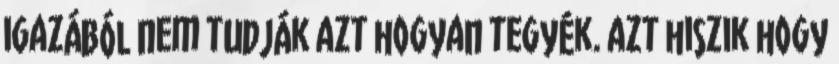
igazából nem tudják azt hogyan tegyék. azt hiszik hogy